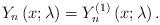
LaTeX: \begin{align*}Y_{n}\left(x; \lambda \right) =Y_{n}^{\left( 1\right)}\left( x;\lambda \right).\end{align*}